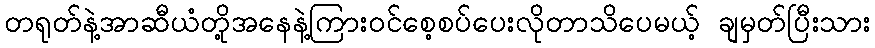
တရုတ်နဲ့အာဆီယံတို့အနေနဲ့ကြားဝင်စေ့စပ်ပေးလိုတာသိပေမယ့် ချမှတ်ပြီးသား